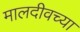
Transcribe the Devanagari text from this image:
मालदीवच्या